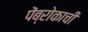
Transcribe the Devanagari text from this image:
पेंब्रोकाची